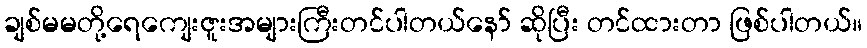
ချစ်မမတို့ရေကျေးဇူးအများကြီးတင်ပါတယ်နော် ဆိုပြီး တင်ထားတာ ဖြစ်ပါတယ်။